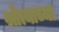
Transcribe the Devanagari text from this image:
श्रोत्याच्या